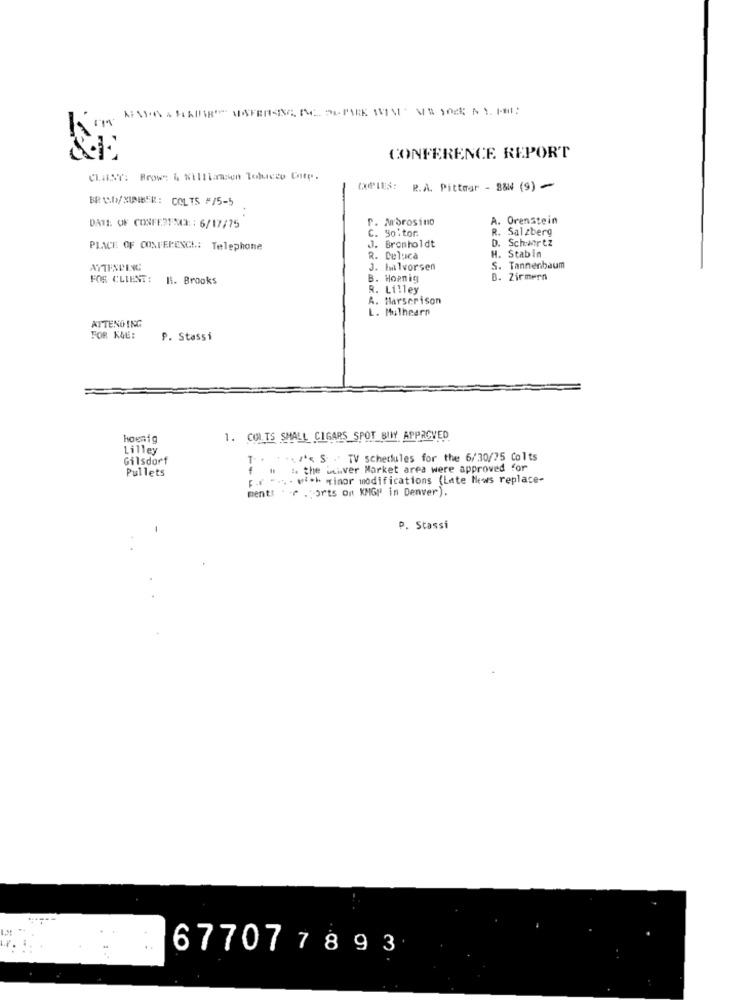
CONFERENCE REPORT
CLIENT: Brown & Williamsen Tobacco Gite.
DelUS: P.A. Pittmar - B&W (9) -
BRNO/ MINBER: COLTS #/5-5
P. Mbrosino
A.
Orenstein
DATE: OF CONFEREME :: 6/17/75
R. Salzberg
C. 50.tor
D. Schertz
PLACE OF CONFERENCE: Telephone
J. Bromholdt
R. Deluca
H. Stabin
ATTENDING
. halvorsen
S. Tannenbaum
FOR CLIENT: H. Brooks
B. Hoenig
B. Zirmern
R. Lilley
A. Marserison
L. Mulhearn
ATTENGING
FOR KOL:
P. Stassi
hoenig
1. COL.TS SMALL CIGARS SPOT SIWY APPROVED
Lilley
Gilsdorf
.. ..<< S - TV schedules for the 6/30/75 Colts
Pullets
4 " to the wever Market area were approved for
p.r ... . wi ** * inor modifications (Late Hews replace-
ments . f . orts on KMGp in Denver).
P. Stassi
677077893